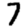
Digit: 7